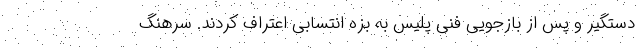
دستگیر و پس از بازجویی فنی پلیس به بزه انتسابی اعتراف کردند. سرهنگ